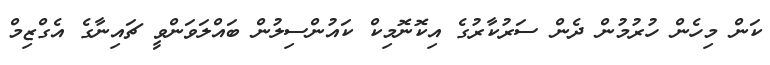
ކަން މިހެން ހުރުމުން ދެން ސަރުކާރުގެ އިކޮނޮމިކް ކައުންސިލުން ބައްލަވަންވީ ޗައިނާގެ އެގްޒިމް